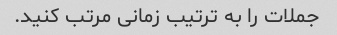
جملات را به ترتیب زمانی مرتب کنید.